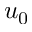
u _ { 0 }